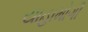
યાહામોગી